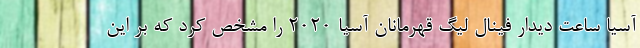
آسیا ساعت دیدار فینال لیگ قهرمانان آسیا ۲۰۲۰ را مشخص کرد که بر این